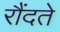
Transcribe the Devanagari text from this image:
रौंदते